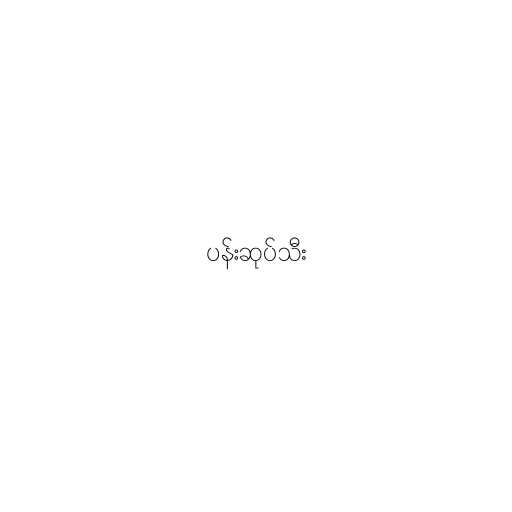
ပန်းဆုပ်သီး